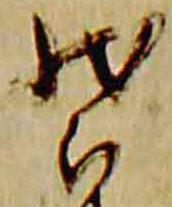
装